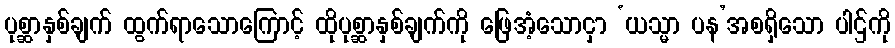
ပုစ္ဆာနှစ်ချက် ထွက်ရာသောကြောင့် ထိုပုစ္ဆာနှစ်ချက်ကို ဖြေအံ့သောငှာ ‘ယသ္မာ ပန’အစရှိသော ပါဌ်ကို